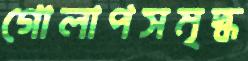
গোলাপসমৃদ্ধ